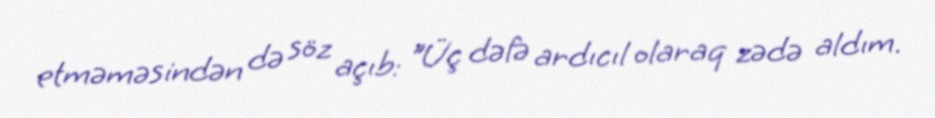
etməməsindən də söz açıb: "Üç dəfə ardıcıl olaraq zədə aldım.